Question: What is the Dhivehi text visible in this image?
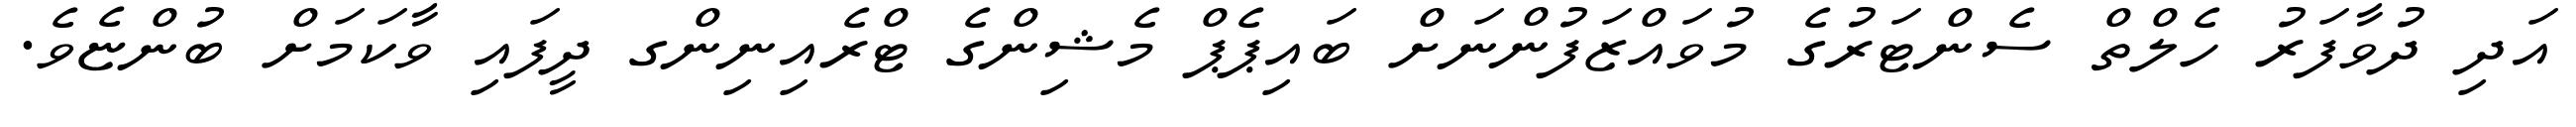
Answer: އަދި ދުވާފަރު ހެލްތް ސެންޓަރުގެ މުވައްޒަފުންނަށް ބައިޕެޕް މެޝިންގެ ޓްރެއިނިންގ ދީފައި ވާކަމަށް ބުންޏެވެ.